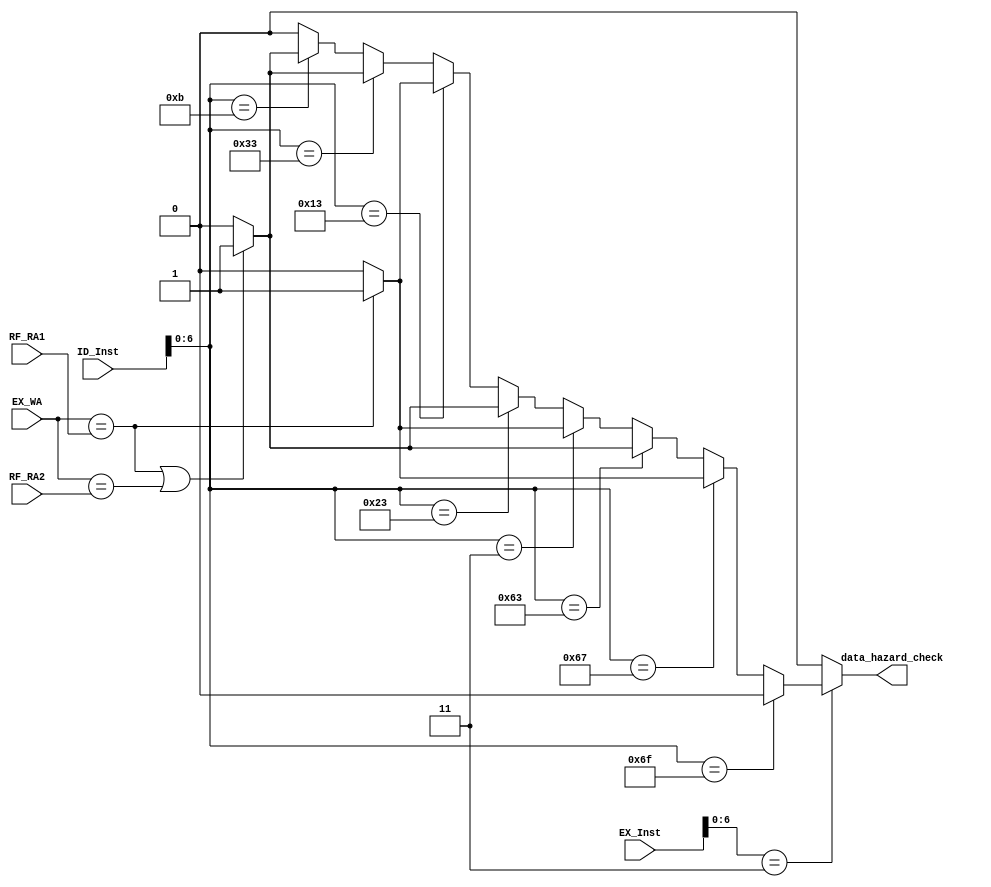
module DATA_HAZARD (
	input wire [31:0] EX_Inst, // Instruction between ID/EX Stage
	input wire [31:0] ID_Inst,
	input [4:0] RF_RA1, // rs1 in ID Stage
	input [4:0] RF_RA2, // rs2 in ID stage
	input wire [4:0] EX_WA,
	output reg data_hazard_check
	);

	always @(*) begin
		if (EX_Inst[6:0] == 7'b0000011) begin
			if (ID_Inst[6:0] == 7'b1101111) begin // if instruction in IF/ID is JAL
				data_hazard_check = 0; // No data hazard
			end

			else if (ID_Inst[6:0] == 7'b1100111) begin // if instruction in IF/ID is JALR
				if (EX_WA == RF_RA1) begin
					data_hazard_check = 1;
				end
				else begin
					data_hazard_check = 0;
				end
			end

			else if (ID_Inst[6:0] == 7'b1100011) begin // if instruction in IF/ID is B-type
				if ((EX_WA == RF_RA1) || (EX_WA == RF_RA2)) begin
					data_hazard_check = 1;
				end
				else begin
					data_hazard_check = 0;
				end
			end

			else if (ID_Inst[6:0] == 7'b0000011) begin // if instruction in IF/ID is LW
				if (EX_WA == RF_RA1) begin
					data_hazard_check = 1;
				end
				else begin
					data_hazard_check = 0;
				end
			end

			else if (ID_Inst[6:0] == 7'b0100011) begin // if instruction in IF/ID is SW
				if ((EX_WA == RF_RA1) || (EX_WA == RF_RA2)) begin
					data_hazard_check = 1;
				end
				else begin
					data_hazard_check= 0;
				end
			end

			else if (ID_Inst[6:0] == 7'b0010011) begin // if instruction in IF/ID is I-type
				if (EX_WA == RF_RA1) begin
					data_hazard_check = 1;
				end
				else begin
					data_hazard_check = 0;
				end
			end

			else if (ID_Inst[6:0] == 7'b0110011) begin // if instruction in IF/ID is R-type
				if ((EX_WA == RF_RA1) || (EX_WA == RF_RA2)) begin
					data_hazard_check = 1;
				end
				else begin
					data_hazard_check = 0;
				end
			end

			else if (ID_Inst[6:0] == 7'b0001011) begin // if instruction in IF/ID is Custom
				if ((EX_WA == RF_RA1) || (EX_WA == RF_RA2)) begin
					data_hazard_check = 1;
				end
				else begin
					data_hazard_check = 0;
				end
			end

			else begin
				data_hazard_check = 0;
			end
		end

		else begin
			data_hazard_check = 0;
		end
	end

endmodule